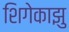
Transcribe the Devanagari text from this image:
शिगेकाझु